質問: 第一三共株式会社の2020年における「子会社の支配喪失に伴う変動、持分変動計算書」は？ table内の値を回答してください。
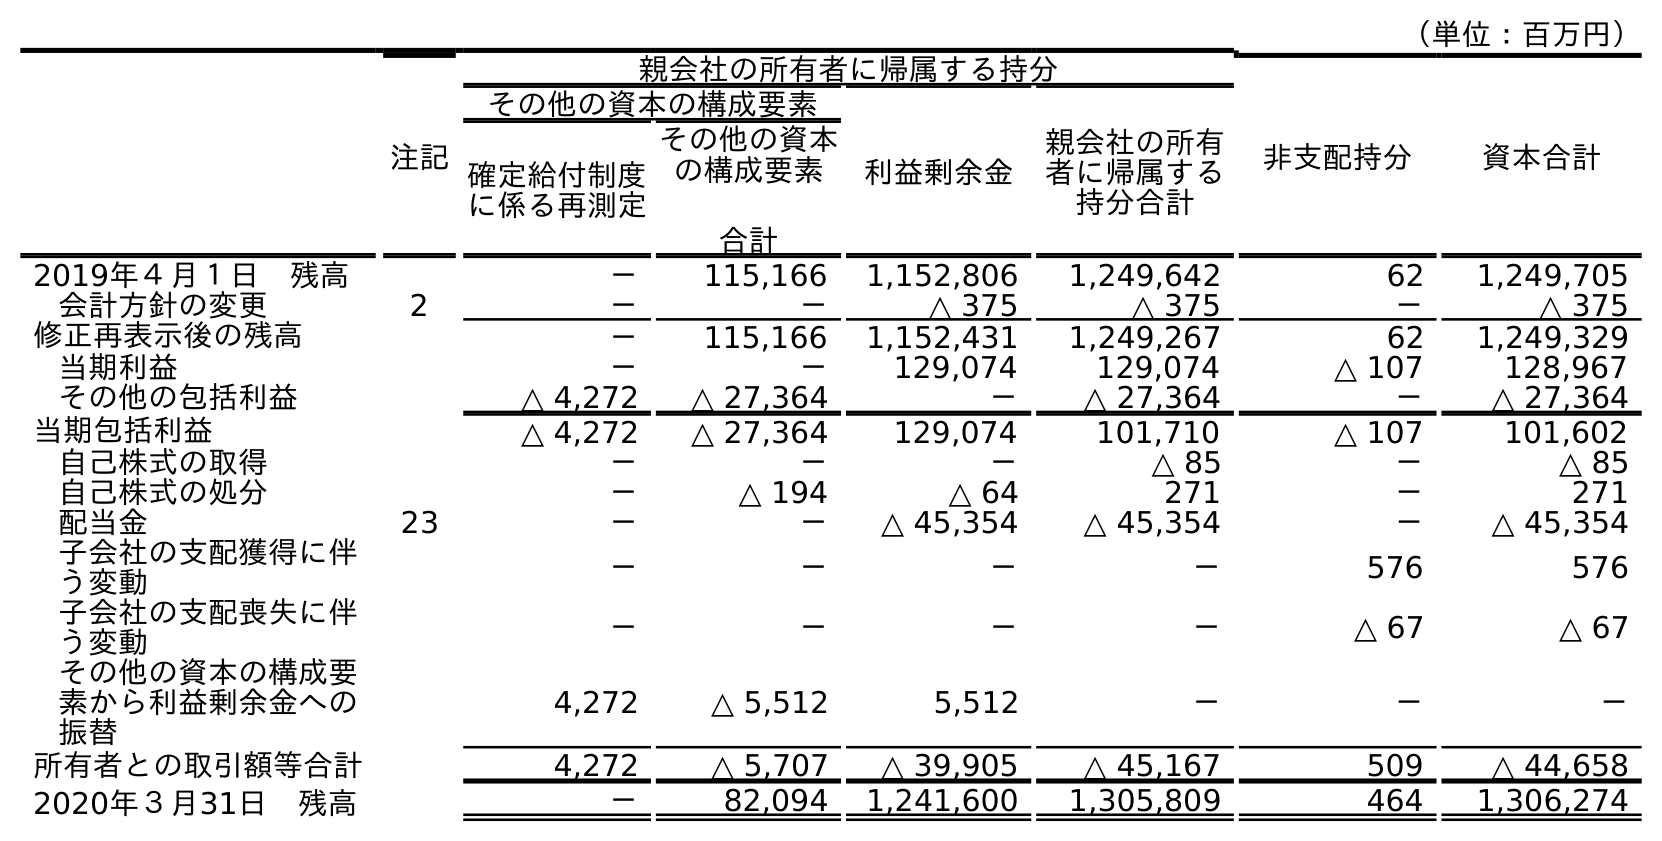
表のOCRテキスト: （単位：百万円） 注記 親会社の所有者に帰属する持分 非支配持分 資本合計 その他の資本の構成要素 利益剰余金 親会社の所有 者に帰属する 持分合計 確定給付制度 に係る再測定 その他の資本 の構成要素 合計 2019年４月１日 残高 － 115,166 1,152,806 1,249,642 62 1,249,705 会計方針の変更 2 － － △ 375 △ 375 － △ 375 修正再表示後の残高 － 115,166 1,152,431 1,249,267 62 1,249,329 当期利益 － － 129,074 129,074 △ 107 128,967 その他の包括利益 △ 4,272 △ 27,364 － △ 27,364 － △ 27,364 当期包括利益 △ 4,272 △ 27,364 129,074 101,710 △ 107 101,602 自己株式の取得 － － － △ 85 － △ 85 自己株式の処分 － △ 194 △ 64 271 － 271 配当金 23 － － △ 45,354 △ 45,354 － △ 45,354 子会社の支配獲得に伴 う変動 － － － － 576 576 子会社の支配喪失に伴 う変動 － － － － △ 67 △ 67 その他の資本の構成要 素から利益剰余金への 振替 4,272 △ 5,512 5,512 － － － 所有者との取引額等合計 4,272 △ 5,707 △ 39,905 △ 45,167 509 △ 44,658 2020年３月31日 残高 － 82,094 1,241,600 1,305,809 464 1,306,274
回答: △67